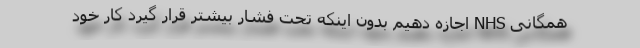
همگانی NHS اجازه دهیم بدون اینکه تحت فشار بیشتر قرار گیرد کار خود